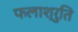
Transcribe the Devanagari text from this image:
फलाश्रुति